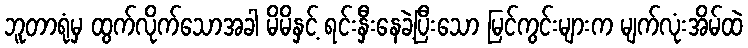
ဘူတာရုံမှ ထွက်လိုက်သောအခါ မိမိနှင့် ရင်းနှီးနေခဲ့ပြီးသော မြင်ကွင်းများက မျက်လုံးအိမ်ထဲ